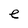
Character: e